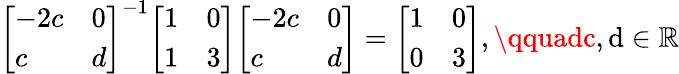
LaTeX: {\left[\begin{array}{ll}{-2c}&{0}\\ {c}&{d}\end{array}\right]}^{-1}{\left[\begin{array}{ll}{1}&{0}\\ {1}&{3}\end{array}\right]}{\left[\begin{array}{ll}{-2c}&{0}\\ {c}&{d}\end{array}\right]}={\left[\begin{array}{ll}{1}&{0}\\ {0}&{3}\end{array}\right]},\qquadc,\mathrm{d}\in\mathbb{{R}}